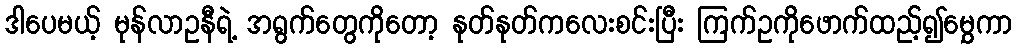
ဒါပေမယ့် မုန်လာဥနီရဲ့ အရွက်တွေကိုတော့ နုတ်နုတ်ကလေးစင်းပြီး ကြက်ဥကိုဖောက်ထည့်၍မွှေကာ